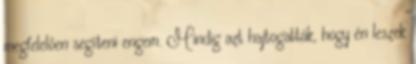
megfelelően segíteni engem. Mindig azt hajtogatták, hogy én leszek